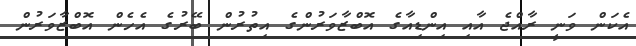
އެކަން ވަނީ ރާއްޖެ އާއި އިންޑިއާގެ އޮބްޒާވަރުންގެ އިތުރުން ބޭރުގެ އެހެން އޮބްޒާވަރުން